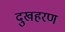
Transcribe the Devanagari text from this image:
दुखहरण